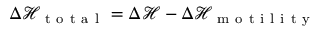
\Delta \mathcal { H } _ { \mathrm { ~ t ~ o ~ t ~ a ~ l ~ } } = \Delta \mathcal { H } - \Delta \mathcal { H } _ { \mathrm { ~ m ~ o ~ t ~ i ~ l ~ i ~ t ~ y ~ } }